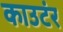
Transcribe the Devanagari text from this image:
काउटंर